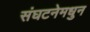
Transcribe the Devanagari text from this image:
संघटनेमधुन